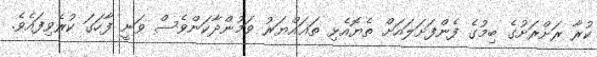
ކުރާ ރަށްރަށުގެ ބިމުގެ ފެންފަށަލައަށް ތެޔޮއެޅި ތަޣައްޔަރު ވަމުންދާކަންވެސް ވަނީ ފާހަގަ ކުރެވިފައެވެ.